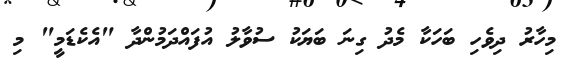
މިހާރު ދިވެހި ބަހަކާ މެދު ގިނަ ބަޔަކު ސުވާލު އުފައްދަމުންދާ "އެކެޑަމީ" މި